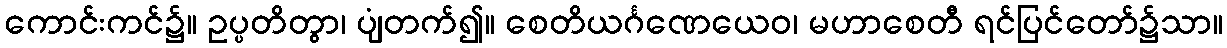
ကောင်းကင်၌။ ဥပ္ပတိတွာ၊ ပျံတက်၍။ စေတိယင်္ဂဏေယေဝ၊ မဟာစေတီ ရင်ပြင်တော်၌သာ။